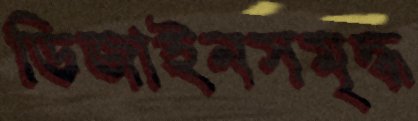
ডিজাইনসমৃদ্ধ